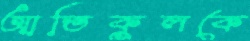
আতিকুলকে